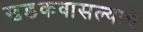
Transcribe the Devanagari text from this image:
खडकवासल्याचे